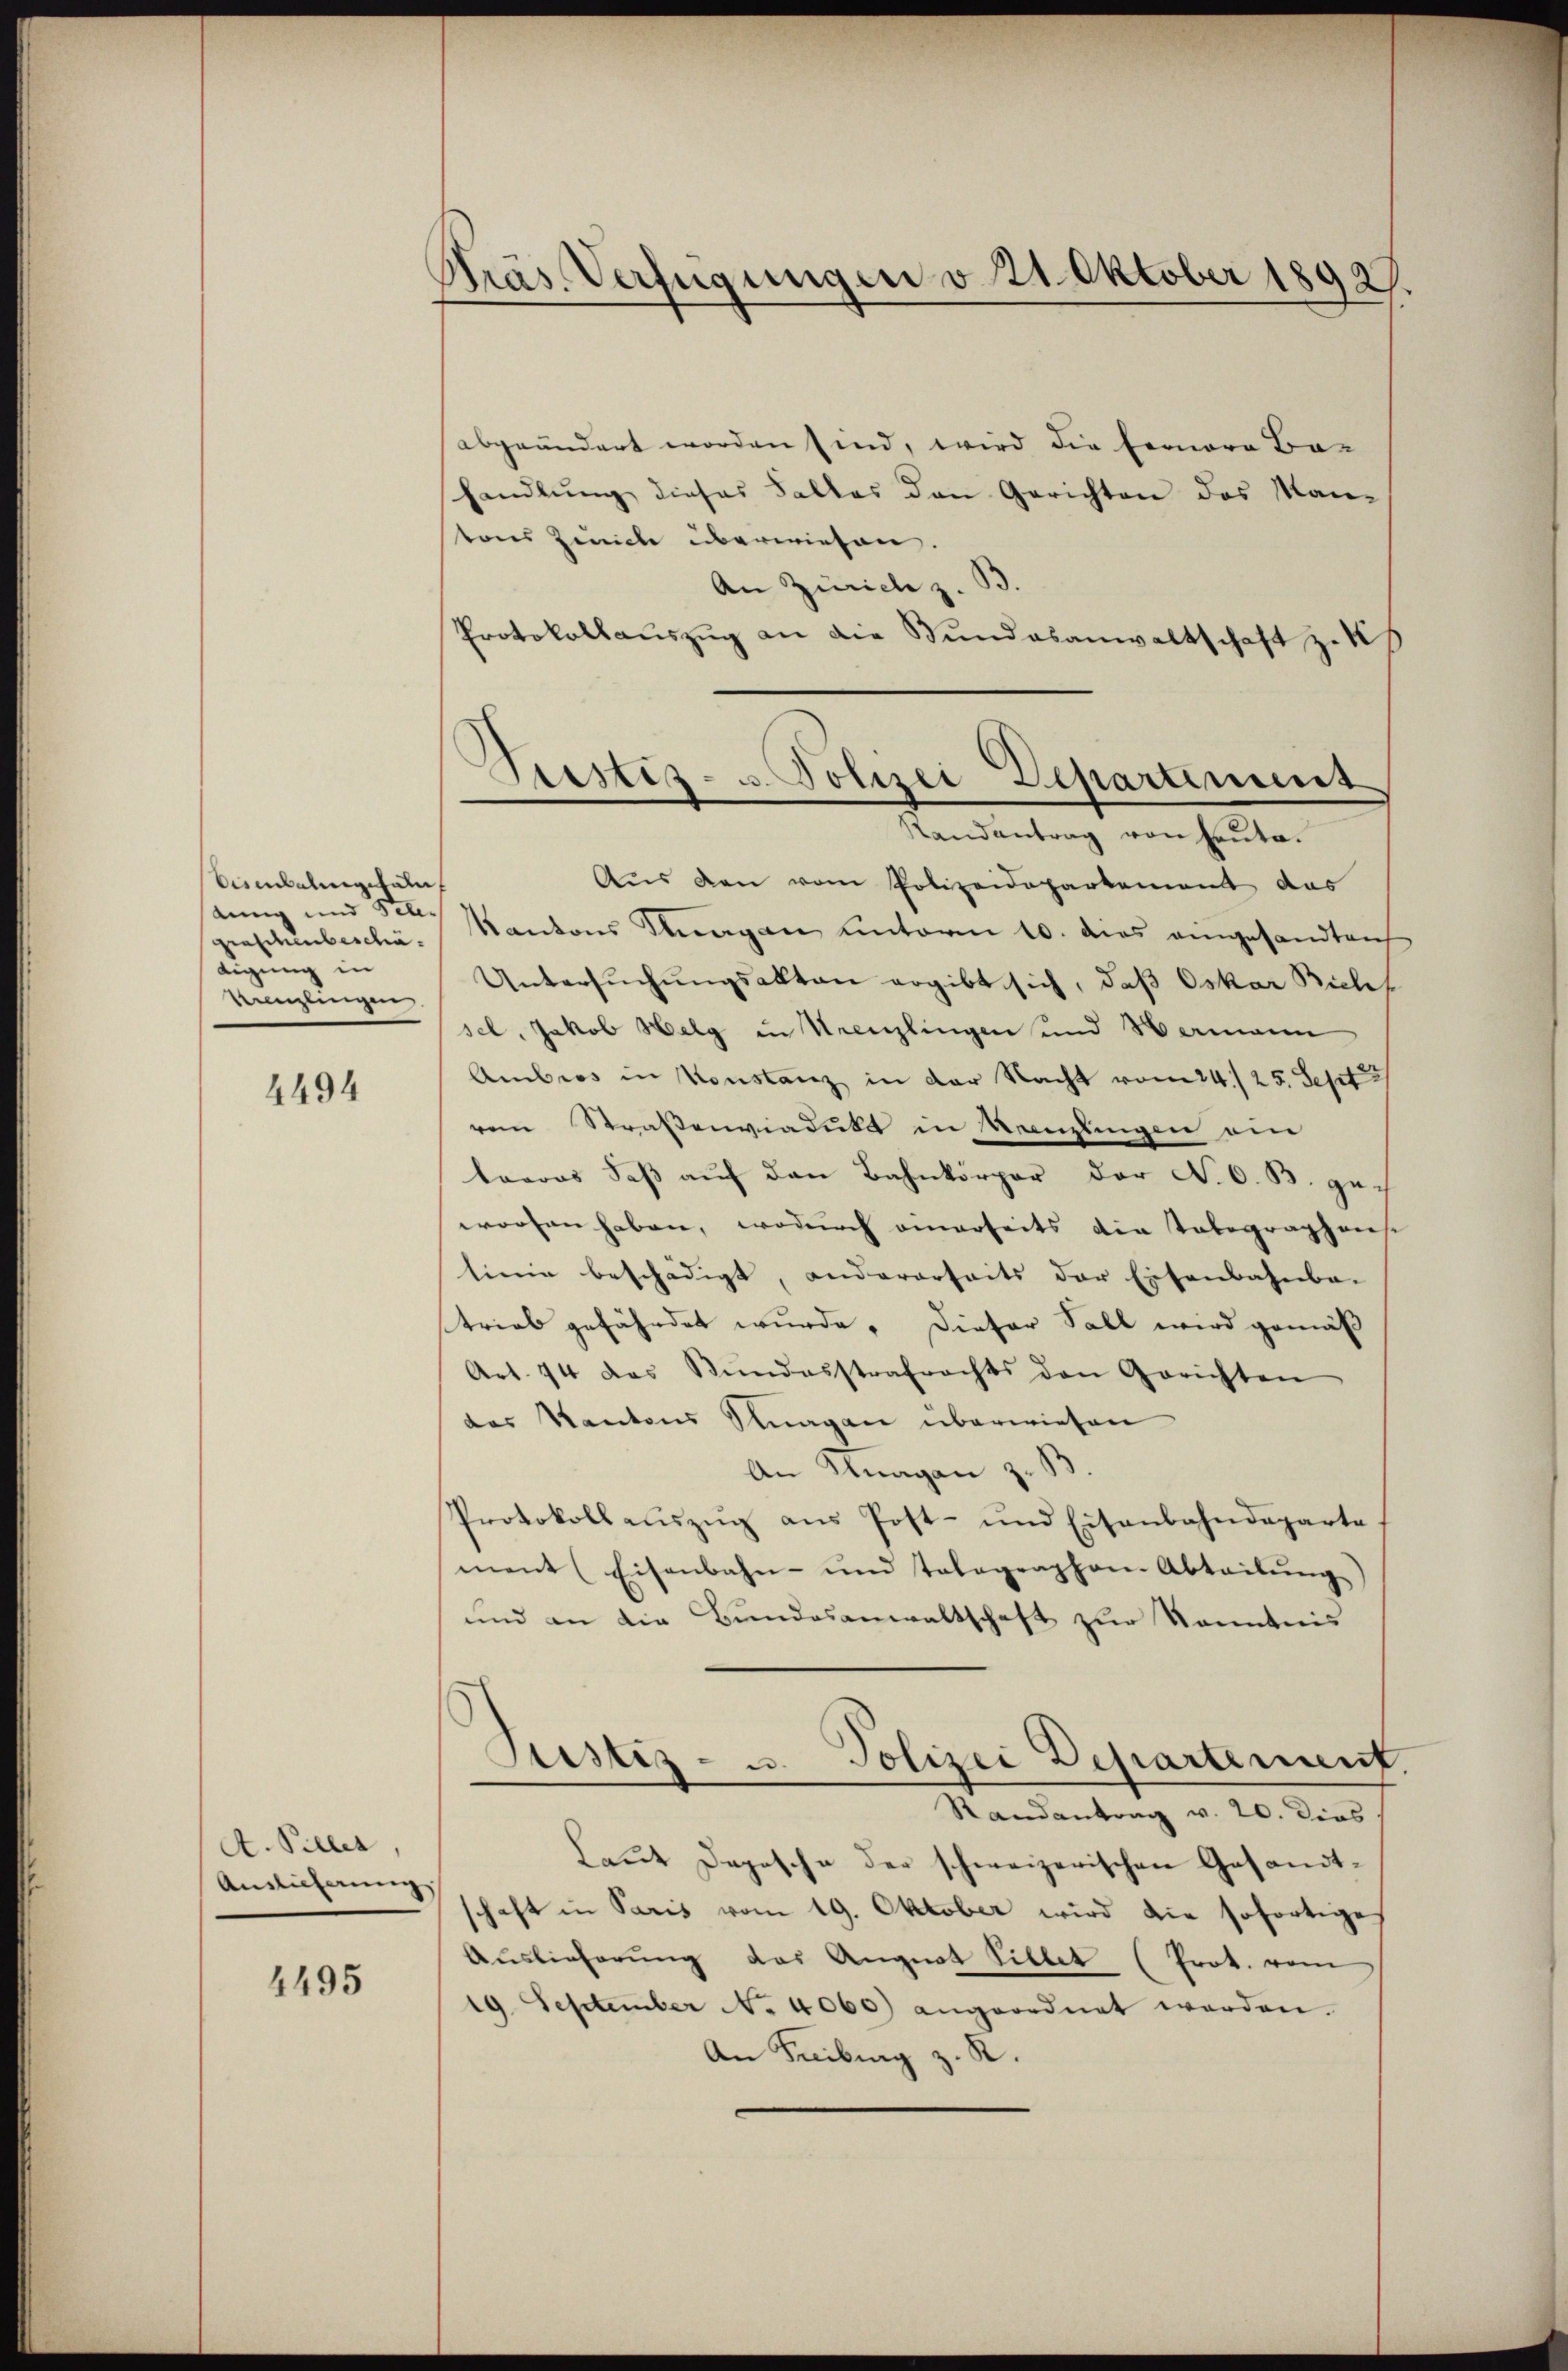
Visenbalingstalu
dung und See.
giascunbeschädigung in
Kanzlingen.

4494

A. Piller,
Auslieferung

4495

Präs. Verfügungen v. 21. Oktober 18927

abgeändert worden sind, wird die Fernere Be-
shandlung dieses Falles den Gerichten des Man-
tons Zeiche überwiesen.
An Zürich z.
Protokollaŭszŭg an die Bundesanwaltschaft zuk

Siestes- u. Polizei Departement
Randantrag von heute.

Aus den vom Polizeidepartement des
Kantons Klagen unterm 10. dies eingesandten
Untersŭchŭngsakten ergibt sich, daß Oskar Bichf
sel, Jakob Helg in Urenzlingen und Wermann
Ambros in Konstanz in der Nacht vom 24./25. Sept
vem Straßenviadukt in Neuzlingen an
leeres daβ aŭf den Bahnkörper der N. O. B. gech
worfen haben, wodurch einerseits die Tabegraphens
tione beschädigt, andererseits der Eisenbahnba-
trieb gefährdet wurde. Dieser Fall wird gemäß
Art. 74 das Bŭndesstrafrechts den Gerichten
das Kantons Klagen überwiesen
An Knagan z. B.
Protokoll aŭszŭg ans Post- und Eisenbahndeparte
ment (Eisenbahn- und talographen. Abteilŭng
und an die Bundesanwaltschaft zur Kenntnis
Justiz- u. Polizei Departement
e
Randantrag v. 20. Dies
Laut Depesche der schweizerischen Gesandtschaft in Paris vom 19. Oktober wird die sofortige
Auslieferŭng das Angnat Silber (Prot. vom
19. September No. 4060) angeordnet werden.
An Freibung z. R.